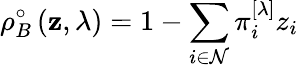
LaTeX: \rho_{B}^{\circ}\left(\mathbf{z},\lambda\right)=1-\sum_{i\in\mathcal{N}}\pi_{i}^{\left[\lambda\right]}z_{i}